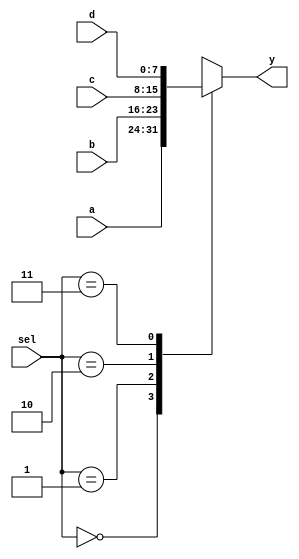
module mux_4x_nbit
    // Parameters section
  #( parameter BUS_WIDTH = 8)
    // Ports section
  (input [BUS_WIDTH-1:0] a,
   input [BUS_WIDTH-1:0] b,
   input [BUS_WIDTH-1:0] c,
   input [BUS_WIDTH-1:0] d,
   input [1:0] sel,
   output reg [BUS_WIDTH-1:0] y
  );
  
  always @(*) begin
    case (sel)
        2'd0 :  begin y = a; end
        2'd1 :  begin y = b; end
        2'd2 :  begin y = c; end
        2'd3 :  begin y = d; end
        default: begin y = a; end
    endcase
  end
  
endmodule